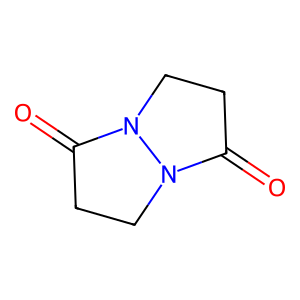
SMILES: O=C1CCN2C(=O)CCN12
Inhibits HIV replication: No